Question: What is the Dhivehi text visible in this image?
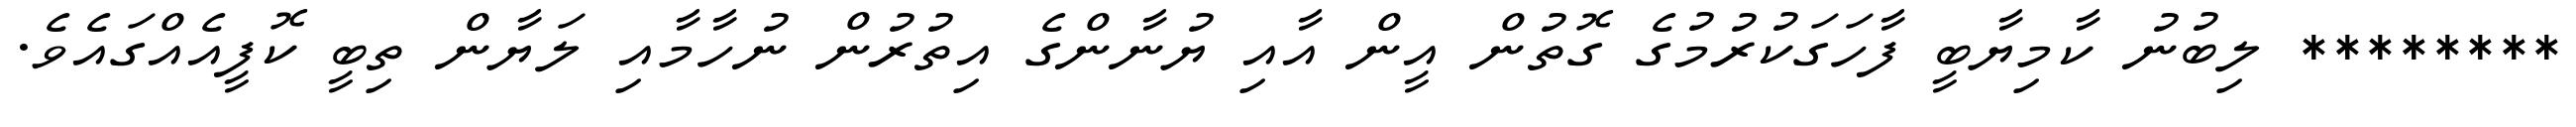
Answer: ******** ލިބުނު ކާމިޔާބީ ފާހަގަކުރުމުގެ ގޮތުން އީން އާއި ޔުނާންގެ އިތުރުން ނުހާމާއި ލަޔާން ތިބީ ކޮފީއެއްގައެވެ.